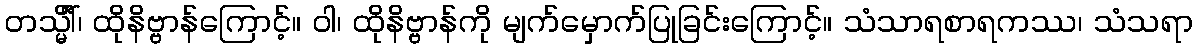
တသ္မိံါ်၊ ထိုနိဗ္ဗာန်ကြောင့်။ ဝါ၊ ထိုနိဗ္ဗာန်ကို မျက်မှောက်ပြုခြင်းကြောင့်။ သံသာရစာရကဿ၊ သံသရာ